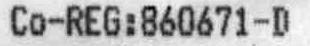
CO-REG:860671-D